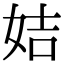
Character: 姞